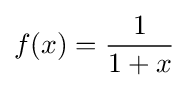
f(x)={\frac {1}{1+x}}